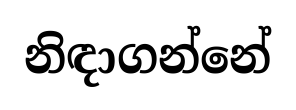
නිඳාගන්නේ